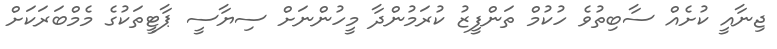
ޖިނާއީ ކުށެއް ސާބިތުވެ ހުކުމް ތަންފީޒު ކުރަމުންދާ މީހުންނަށް ސިޔާސީ ޕާޓީތަކުގެ މެމްބަރަކަށް